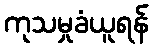
ကုသမှုခံယူရန်